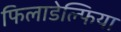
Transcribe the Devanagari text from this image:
फिलाडेल्‍फिया